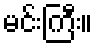
မင်းကြီး။